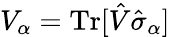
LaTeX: V_{\alpha}=\mathrm{Tr}[\hat{V}\hat{\sigma}_{\alpha}]